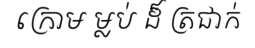
ក្រោម ម្លប់ ដ៏ ត្រជាក់